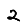
Digit: 2